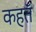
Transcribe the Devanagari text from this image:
कहतॅ